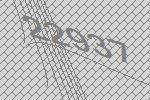
22937